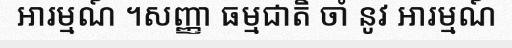
អារម្មណ៍ ។សញ្ញា ធម្មជាតិ ចាំ នូវ អារម្មណ៍